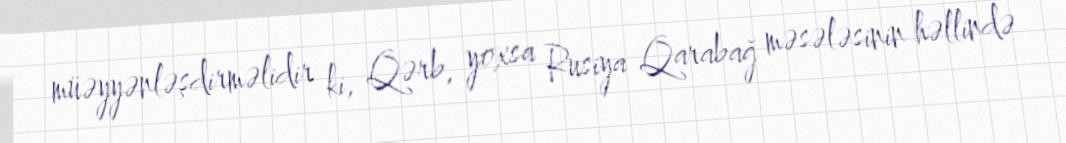
müəyyənləşdirməlidir ki, Qərb, yoxsa Rusiya Qarabağ məsələsinin həllində